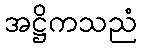
အဋ္ဌိကသညံ